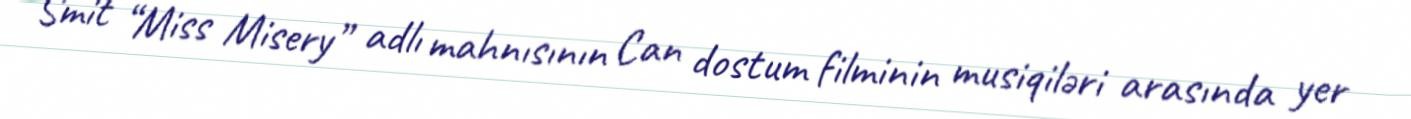
Smit “Miss Misery” adlı mahnısının Can dostum filminin musiqiləri arasında yer